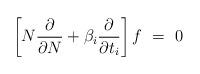
LaTeX: \begin{align*}\left[N{\partial\over\partial N}+\beta_i{\partial\over\partial t_i}\right] f\ =\ 0\end{align*}